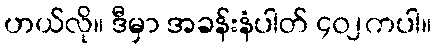
ဟယ်လို။ ဒီမှာ အခန်းနံပါတ် ၄၀၂ကပါ။